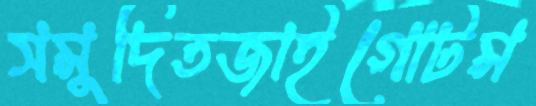
সমুদিতজাইগোটম